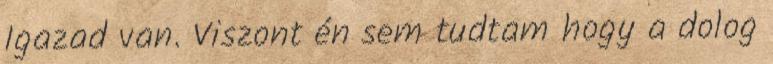
Igazad van. Viszont én sem tudtam hogy a dolog